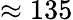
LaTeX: \approx 135